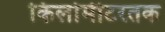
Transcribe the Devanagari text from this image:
किलोमीटरतक